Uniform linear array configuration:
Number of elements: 4
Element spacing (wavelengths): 1
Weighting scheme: binomial
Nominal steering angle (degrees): -15
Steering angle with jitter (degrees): -16.078
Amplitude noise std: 0.05
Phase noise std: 0.05

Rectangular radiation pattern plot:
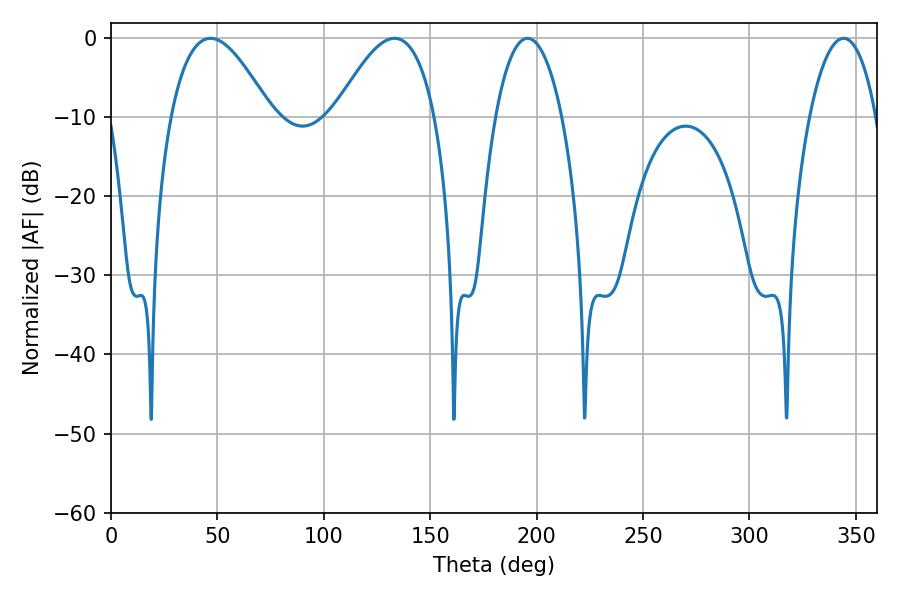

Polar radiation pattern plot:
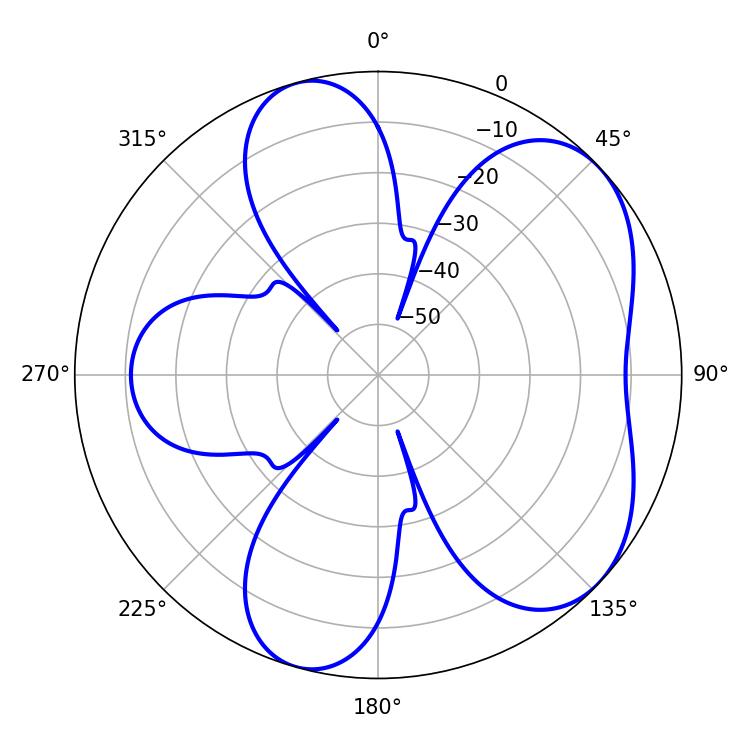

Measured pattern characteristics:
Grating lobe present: TRUE
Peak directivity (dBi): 5.662
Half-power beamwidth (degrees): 25.56
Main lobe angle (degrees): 46.8